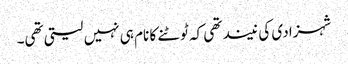
شہزادی کی نیند تھی کہ ٹوٹنے کا نام ہی نہیں لیتی تھی۔